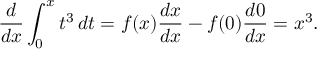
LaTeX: { \frac { d } { d x } } \int _ { 0 } ^ { x } t ^ { 3 } \, d t = f ( x ) { \frac { d x } { d x } } - f ( 0 ) { \frac { d 0 } { d x } } = x ^ { 3 } .